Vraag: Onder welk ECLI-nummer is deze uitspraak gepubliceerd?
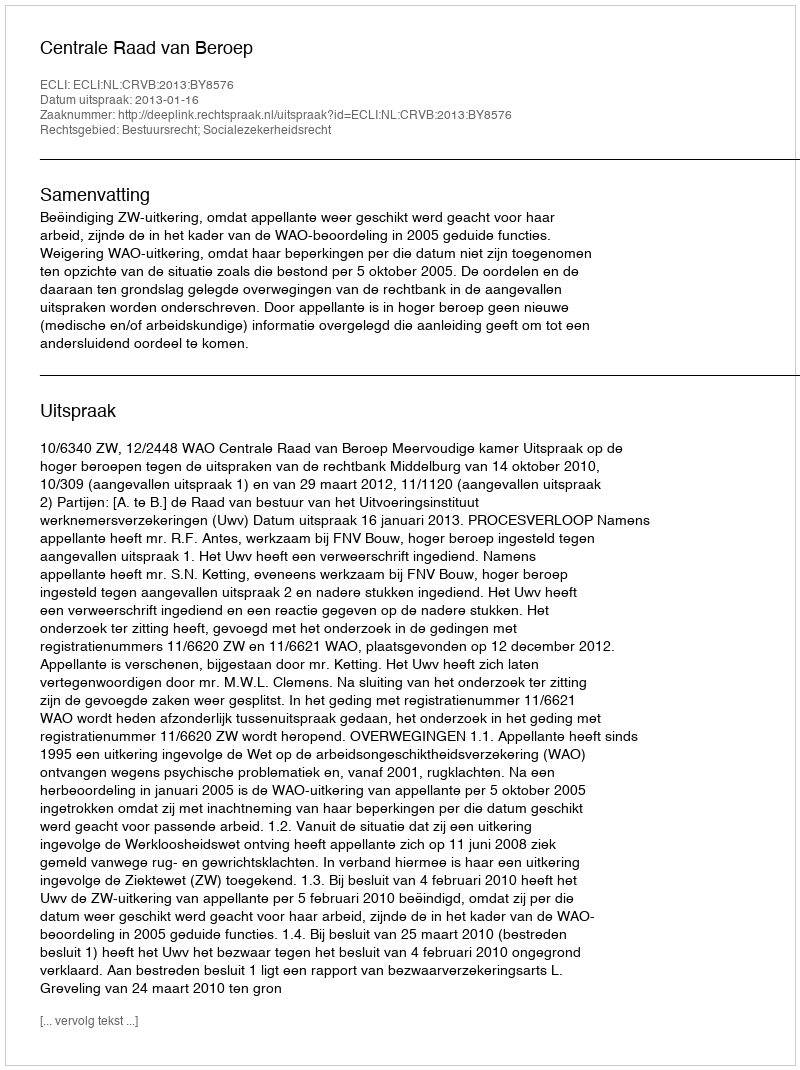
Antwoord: ECLI:NL:CRVB:2013:BY8576